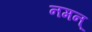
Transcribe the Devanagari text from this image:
नमन्